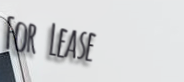
For Lease